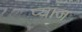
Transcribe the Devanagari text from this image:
प्यांज